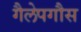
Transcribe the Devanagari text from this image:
गैलेपगौस